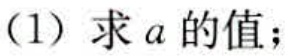
（1）求 \(a\) 的值；